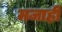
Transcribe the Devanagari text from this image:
मजाही